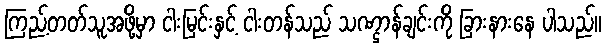
ကြည့်တတ်သူအဖို့မှာ ငါးမြင်းနှင့် ငါးတန်သည် သဏ္ဌာန်ချင်းကို ခြားနားနေ ပါသည်။